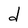
Character: d